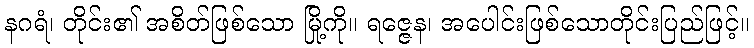
နဂရံ၊ တိုင်း၏ အစိတ်ဖြစ်သော မြို့ကို။ ရဇ္ဇေန၊ အပေါင်းဖြစ်သောတိုင်းပြည်ဖြင့်။